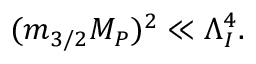
( m _ { 3 / 2 } M _ { P } ) ^ { 2 } \ll \Lambda _ { I } ^ { 4 } .